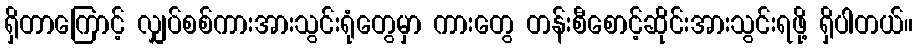
ရှိတာကြောင့် လျှပ်စစ်ကားအားသွင်းရုံတွေမှာ ကားတွေ တန်းစီစောင့်ဆိုင်းအားသွင်းရဖို့ ရှိပါတယ်။